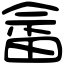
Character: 畲